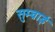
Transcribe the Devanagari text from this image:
सुम्ब्राई